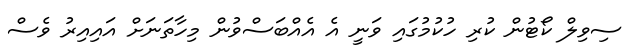
ސިވިލް ކޯޓުން ކުރި ހުކުމުގައި ވަނީ އެ އެއްބަސްވުން މިހާތަނަށް އައިއިރު ވެސް